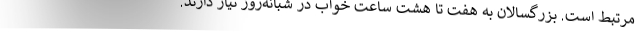
مرتبط است. بزرگسالان به هفت تا هشت ساعت خواب در شبانه‌روز نیاز دارند.